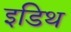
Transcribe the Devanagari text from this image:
इडिथ